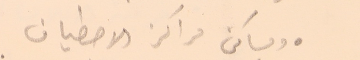
● ومساكن مراكز الاصطياف